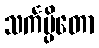
သင်္ကမ္ပိတော